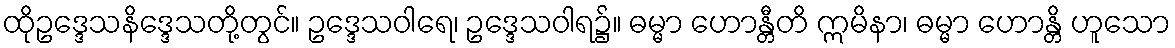
ထိုဥဒ္ဒေသနိဒ္ဒေသတို့တွင်။ ဥဒ္ဒေသဝါရေ၊ ဥဒ္ဒေသဝါရ၌။ ဓမ္မာ ဟောန္တီတိ ဣမိနာ၊ ဓမ္မာ ဟောန္တိ ဟူသော